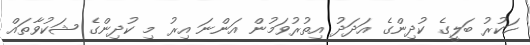
ހަކުރު ބަލީގެ ކުދިންގެ އަދަދު އިތުރުވަމުން އަންނަ އިރު މި ކުދިންގެ ޝަކުވާތައް